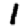
Digit: 1